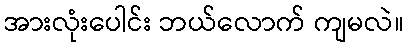
အားလုံးပေါင်း ဘယ်လောက် ကျမလဲ။